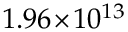
1 . 9 6 \! \times \! 1 0 ^ { 1 3 }